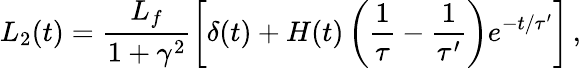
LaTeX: L_{2}(t)=\frac{L_{f}}{1+\gamma^{2}}\left[\delta(t)+H(t)\left(\frac{1}{\tau}-\frac{1}{\tau^{\prime}}\right)e^{-t/\tau^{\prime}}\right]\, ,